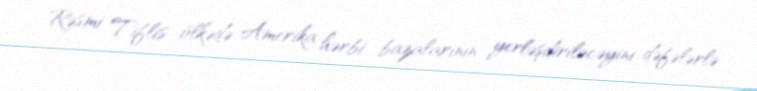
Rəsmi Tiflis ölkədə Amerika hərbi bazalarının yerləşdiriləcəyini dəfələrlə